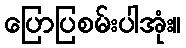
ပြောပြစမ်းပါအုံး။